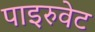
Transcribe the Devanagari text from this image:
पाइरुवेट